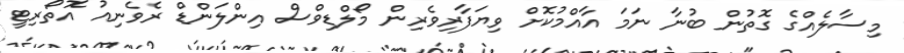
މިސާލެއްގެ ގޮތުން ބުނާ ނަމަ އާއްމުކޮށް ވިޔަފާރިވެރިން މޯލްޑިވްސް އިންލަންޑް ރެވެނިއު އޮތޯރިޓީ